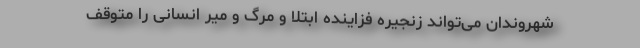
شهروندان می‌تواند زنجیره فزاینده ابتلا و مرگ و میر انسانی را متوقف